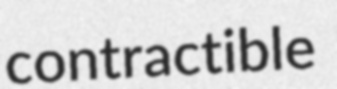
contractible